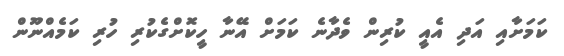
ކަމަށާއި އަދި އެއީ ކުރިން ވެދާނެ ކަމަށް އޭނާ ހީކޮށްގެކުރި ހުރި ކަމެއްނޫން